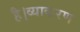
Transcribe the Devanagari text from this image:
है।व्याकरण